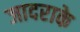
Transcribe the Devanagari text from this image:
जादराके